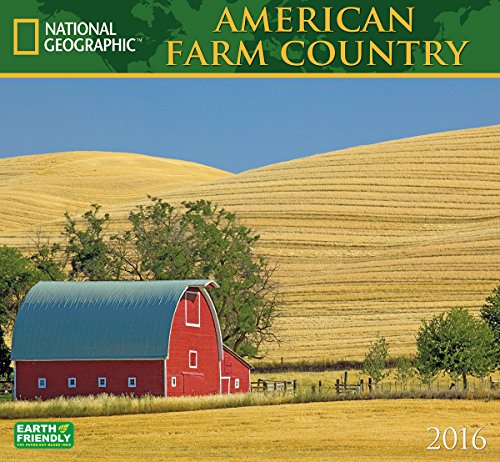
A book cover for American Farm Country 2016 Calendar National Geographic; National Geographic Society; Calendars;